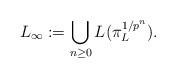
LaTeX: \begin{align*}L_{\infty}:=\bigcup_{n\geq0}L(\pi^{{1/p}^n}_L).\end{align*}